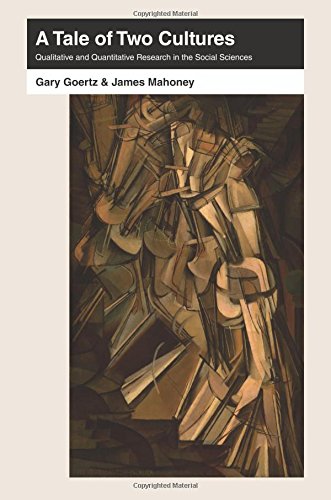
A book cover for A Tale of Two Cultures: Qualitative and Quantitative Research in the Social Sciences; Gary Goertz; Politics & Social Sciences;